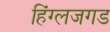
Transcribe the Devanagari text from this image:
हिंग्लजगड